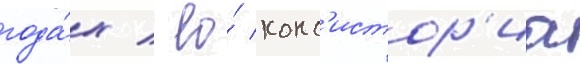
года́х / ео́ конс'истор'иа